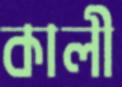
কালী